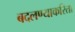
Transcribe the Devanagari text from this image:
बदलण्याकरिता